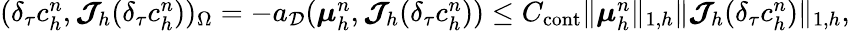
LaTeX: \begin{array}{r}{(\delta_{\tau}c_{h}^{n},\boldsymbol{\mathcal{J}}_{h}(\delta_{\tau}c_{h}^{n}))_{\Omega}=-a_{\mathcal{D}}(\boldsymbol{\mu}_{h}^{n},\boldsymbol{\mathcal{J}}_{h}(\delta_{\tau}c_{h}^{n}))\leq C_{\mathrm{cont}}\| \boldsymbol{\mu}_{h}^{n}\| _{1,h}\| \boldsymbol{\mathcal{J}}_{h}(\delta_{\tau}c_{h}^{n})\| _{1,h},}\end{array}